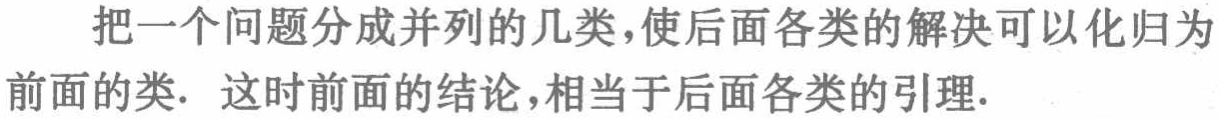
把一个问题分成并列的几类,使后面各类的解决可以化归为前面的类. 这时前面的结论,相当于后面各类的引理.